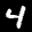
Label: 4